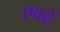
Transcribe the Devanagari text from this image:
एवढें